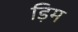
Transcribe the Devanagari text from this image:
ड़िम